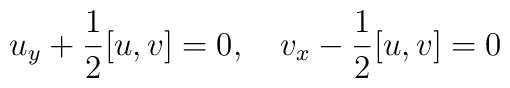
u_y+\frac{1}{2}[u,v]=0,\ \ \ v_x-\frac{1}{2}[u,v]=0